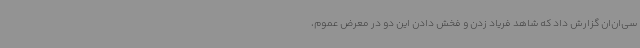
سی‌ان‌ان گزارش داد که شاهد فریاد زدن و فخش دادن این دو در معرض عموم،